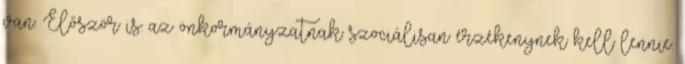
van. Először is: az önkormányzatnak szociálisan érzékenynek kell lennie.